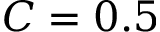
C = 0 . 5